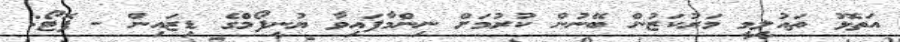
އަތޮޅު ތައުލީމީ މަރުކަޒުން ބޭނުން ކުރުމަށް ނިންމާފައިވާ ޔުނީފޯމްގެ ޑިޒައިން - ފޮޓޯ: